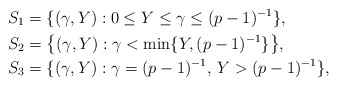
\begin{align*}S_1&=\{(\gamma,Y): 0\leq Y\leq \gamma\leq (p-1)^{-1}\},\\S_2&=\big\{(\gamma,Y):\gamma<\min\{Y,(p-1)^{-1}\}\big\},\\S_3&=\{(\gamma,Y):\gamma=(p-1)^{-1},\, Y> (p-1)^{-1}\}, \end{align*}